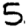
Digit: 5